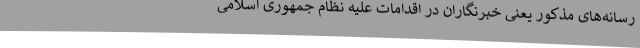
رسانه‌های مذکور یعنی خبرنگاران در اقدامات علیه نظام جمهوری اسلامی